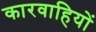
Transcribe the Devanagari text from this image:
कारवाहियों